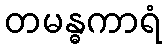
တမန္ဓကာရံ